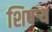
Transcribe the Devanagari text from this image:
शिषऱ्य